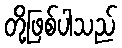
တို့ဖြစ်ပါသည်